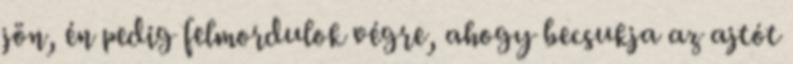
jön, én pedig felmordulok végre, ahogy becsukja az ajtót